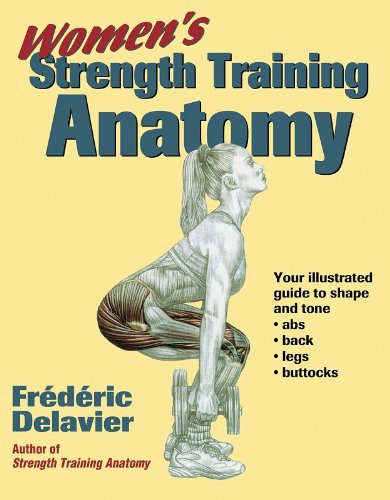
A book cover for Women's Strength Training Anatomy; Frederic Delavier; Health, Fitness & Dieting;